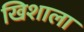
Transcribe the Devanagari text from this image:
खिशाला